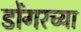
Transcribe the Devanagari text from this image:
डोंगरच्या